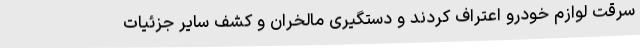
سرقت لوازم خودرو اعتراف کردند و دستگیری مالخران و کشف سایر جزئیات